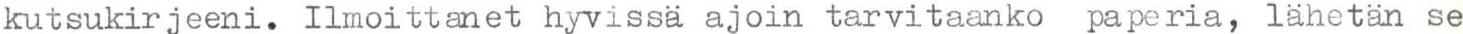
kutsukirjeeni. Ilmoittanet hyvissä ajoin tarvitaanko paperia, lähetän se